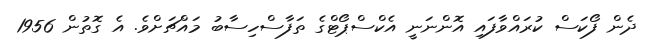
ދެން ފޯކަސް ކުރައްވާފައި އޮންނަނީ އެކްސްޕޯޓްގެ ތަފާސްހިސާބު މައްޗަށްވެ. އެ ގޮތުން 1956